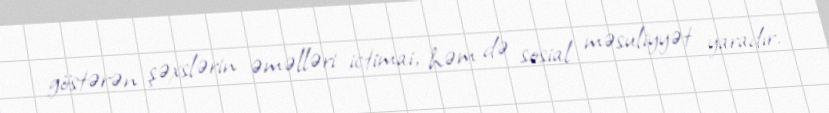
göstərən şəxslərin əməlləri ictimai, həm də sosial məsuliyyət yaradır.